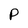
Character: P